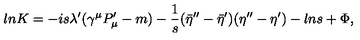
l n K = - i s \lambda ^ { \prime } ( \gamma ^ { \mu } P _ { \mu } ^ { \prime } - m ) - { \frac { 1 } { s } } ( { \bar { \eta } } ^ { \prime \prime } - { \bar { \eta } } ^ { \prime } ) ( \eta ^ { \prime \prime } - \eta ^ { \prime } ) - l n s + \Phi ,